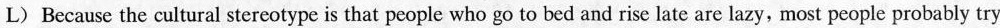
L) Because the cultural stereotype is that people who go to bed and rise late are lazy, most people probably try